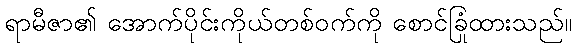
ရာမီဇာ၏ အောက်ပိုင်းကိုယ်တစ်ဝက်ကို စောင်ခြုံထားသည်။